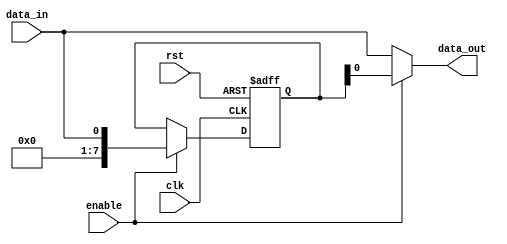
module TimingControlSynchronizationBypassRegister (
    input wire clk,
    input wire rst,
    input wire enable,
    input wire data_in,
    output wire data_out
);

reg [7:0] buffer; // 8-bit buffer register

always @(posedge clk or negedge rst) begin
    if (!rst) begin
        buffer <= 8'b0; // reset buffer to 0
    end else begin
        if (enable) begin
            buffer <= data_in; // store data in buffer when enabled
        end
    end
end

assign data_out = enable ? buffer : data_in; // decide whether to output buffered data or data_in

endmodule